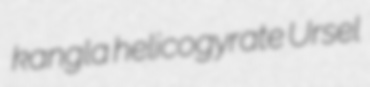
kangla helicogyrate Ursel